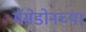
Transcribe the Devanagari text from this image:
मॅसेडोनच्या